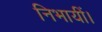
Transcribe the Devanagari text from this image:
निभायीं।